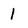
Character: 1